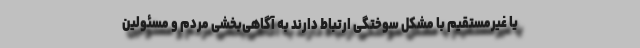
یا غیرمستقیم با مشکل سوختگی ارتباط دارند به آگاهی‌بخشی مردم و مسئولین